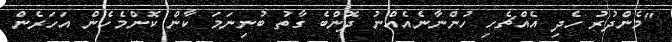
"މެންދުރު ހެދި އެއްޗެހި ހުންނާނެއެއްނު ދޮންބެ ގާތު ބުނިނަމަ ކާން ކޮންމެހެން އަހަރެން